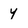
Character: 4